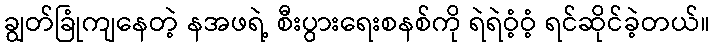
ချွတ်ခြုံကျနေတဲ့ နအဖရဲ့ စီးပွားရေးစနစ်ကို ရဲရဲဝံ့ဝံ့ ရင်ဆိုင်ခဲ့တယ်။